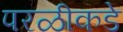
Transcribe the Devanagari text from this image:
परळीकडे